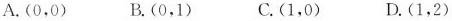
A.(0，0) B.(0，1) C.(1，0) D.(1，2)